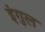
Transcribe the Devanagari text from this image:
इंगुल